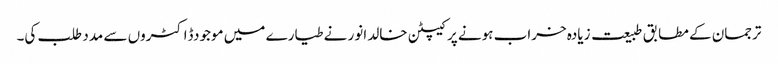
ترجمان کے مطابق طبیعت زیادہ خراب ہونے پر کیپٹن خالد انور نے طیارے میں موجودڈاکٹروں سے مدد طلب کی۔